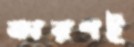
কারণই